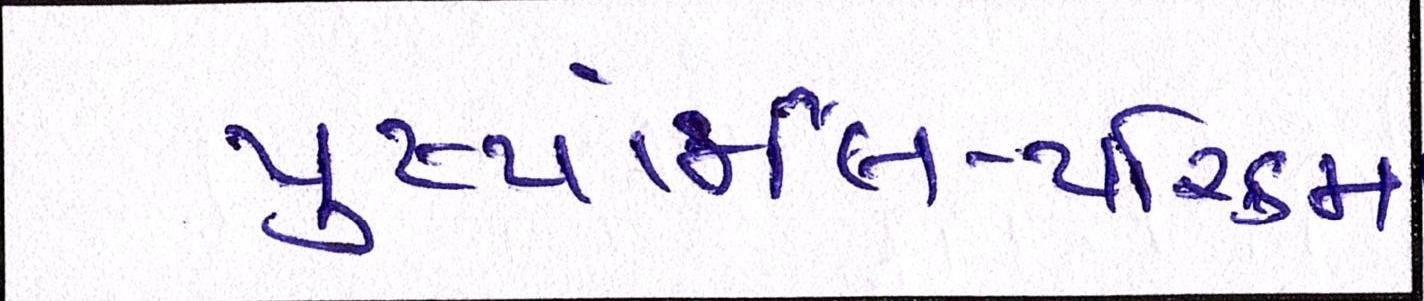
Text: પુષ્પાંજલિ-પરિક્રમા